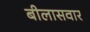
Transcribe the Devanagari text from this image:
बीलासवार